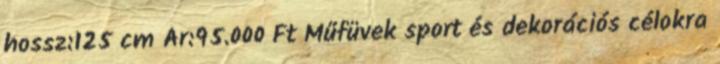
hossz:125 cm Ár:95.000 Ft Műfüvek sport és dekorációs célokra